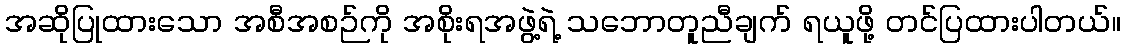
အဆိုပြုထားသော အစီအစဉ်ကို အစိုးရအဖွဲ့ရဲ့ သဘောတူညီချက် ရယူဖို့ တင်ပြထားပါတယ်။